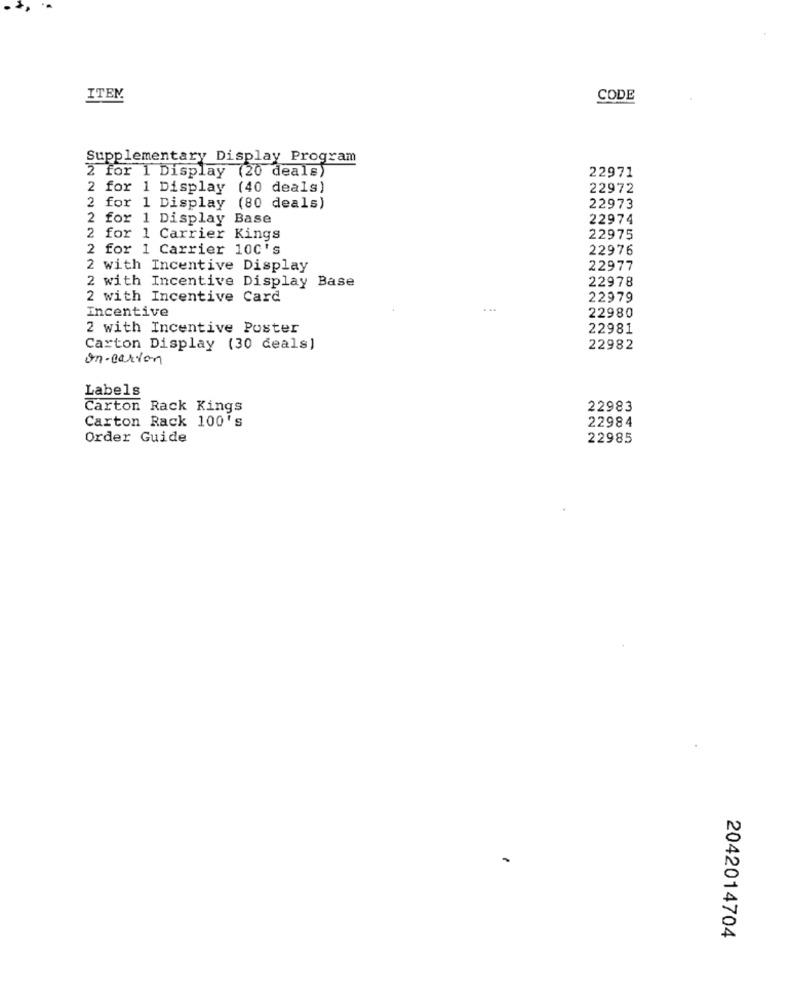
ITEN.
CODE
Supplementary Display Program
2 for 1 Display (20 deals)
22971
2 for 1 Display (40 deals)
22972
2 for 1 Display (80 deals)
22973
2 for 1 Display Base
22974
2 for 1 Carrier Kings
22975
2 for 1 Carrier 100's
22976
2 with Incentive Display
22977
22978
2 with Incentive Display Base
2 with Incentive Card
22979
Incentive
...
22980
2 with Incentive Poster
22981
Carton Display (30 deals)
22982
on-carton
Labels
Carton Rack Kings
22983
Carton Rack 100's
22984
Order Guide
22985
2042014704